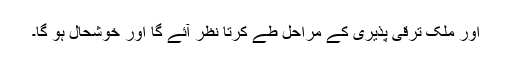
اور ملک ترقی پذیری کے مراحل طے کرتا نظر آئے گا اور خوشحال ہو گا۔